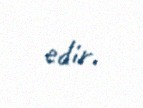
edir.